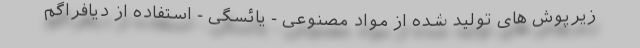
زیرپوش های تولید شده از مواد مصنوعی - یائسگی - استفاده از دیافراگم